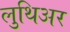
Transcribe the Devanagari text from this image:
लुथिअर